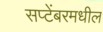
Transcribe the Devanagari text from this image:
सप्टेंबरमधील